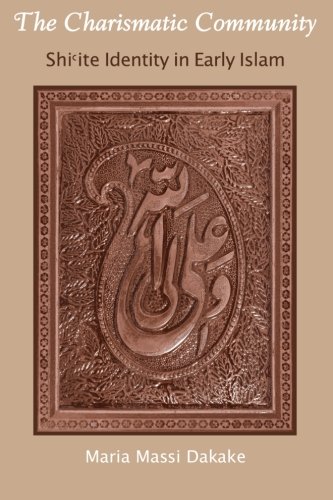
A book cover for The Charismatic Community: Shi'ite Identity in Early Islam (Suny Series in Islam); Maria Massi Dakake; Religion & Spirituality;